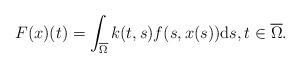
LaTeX: \begin{align*} F(x)(t) = \int_{\overline{\Omega}} k(t,s) f(s,x(s)) \textup ds, t \in \overline{\Omega}.\end{align*}